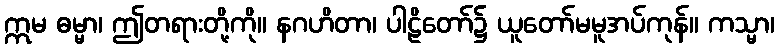
ဣမ ဓမ္မာ၊ ဤတရားတို့ကို။ နဂဟိတာ၊ ပါဠိတော်၌ ယူတော်မမူအပ်ကုန်။ ကသ္မာ၊